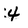
Character: 4